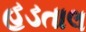
હડતાલ